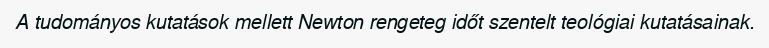
A tudományos kutatások mellett Newton rengeteg időt szentelt teológiai kutatásainak.